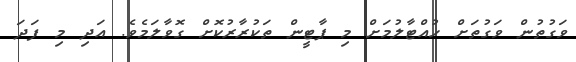
ވަގުތުން ވަގުތަށް ހުއްޓާލުމަށް މި ޕާޓީން ތަކުރާރުކޮށް ގޮވާލަމެވެ. އަދި މި ފަދަ